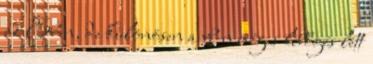
az Eb-n, de különösen a vb-n mégis lebőgés lett